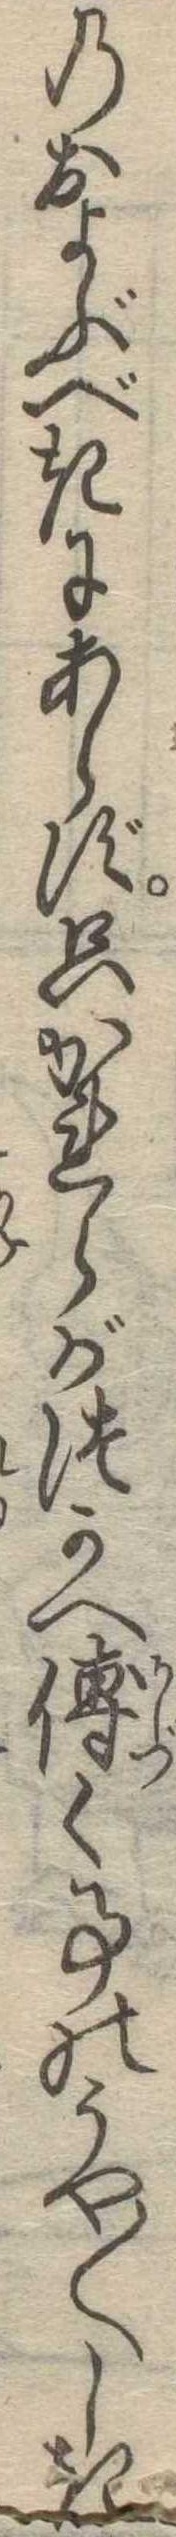
のおよぶべきにあらず只かれらがつかへ傅く事のうや〱しき